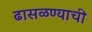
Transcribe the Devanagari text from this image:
ढासळण्याची